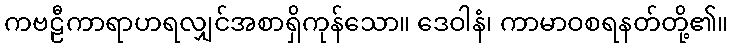
ကဗဠီကာရာဟရလျှင်အစာရှိကုန်သော။ ဒေဝါနံ၊ ကာမာဝစရနတ်တို့၏။